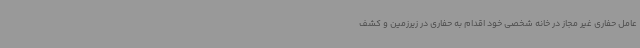
عامل حفاری غیر مجاز در خانه شخصی خود اقدام به حفاری در زیرزمین و کشف